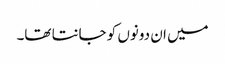
میں ان دونوں کو جانتا تھا۔